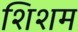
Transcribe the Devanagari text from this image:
शिशम